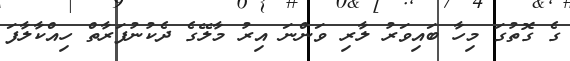
ގެ ގޮތުގަ މިހާ ބައިވަރު ލާރި ވަންނަ އިރު މާލޭގެ ދެކުނުފަރާތް ހިއްކާލާފަ